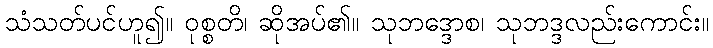
သံသတ်ပင်ဟူ၍။ ဝုစ္စတိ၊ ဆိုအပ်၏။ သုဘဒ္ဒောစ၊ သုဘဒ္ဒလည်းကောင်း။